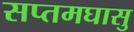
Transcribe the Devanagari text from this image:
सप्तमघासु